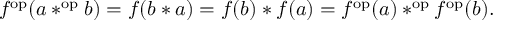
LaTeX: f ^ { \mathrm { o p } } ( a * ^ { \mathrm { o p } } b ) = f ( b * a ) = f ( b ) * f ( a ) = f ^ { \mathrm { o p } } ( a ) * ^ { \mathrm { o p } } f ^ { \mathrm { o p } } ( b ) .